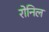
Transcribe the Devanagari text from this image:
रोनिल